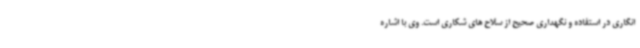
انگاری در استفاده و نگهداری صحیح از سلاح های شکاری است. وی با اشاره